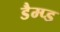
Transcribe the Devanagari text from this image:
डैम्प्ड